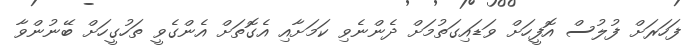
ފަހަރަށް ފުލުސް އޮފީހަށް ވަޑައިގަތުމަށް ދެންނެވި ކަމަށާއި އެގޮތަށް އެންގެވީ ތަހުގީހަށް ބޭނުންވާ